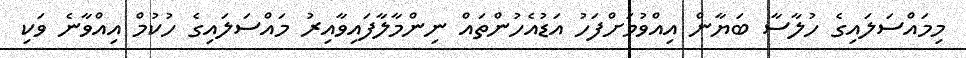
މިމައްސަލައިގެ ހުލާސާ ބަޔާން އިއްވުމަށްފަހު އަޑުއެހުންތައް ނިންމާލާފައިވާއިރު މައްސަލައިގެ ހުކުމް އިއްވާނެ ވަކި